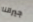
جيراننا